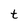
Character: t